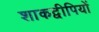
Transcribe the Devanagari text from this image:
शाकद्वीपियों